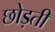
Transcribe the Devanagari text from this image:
छोड़तीं